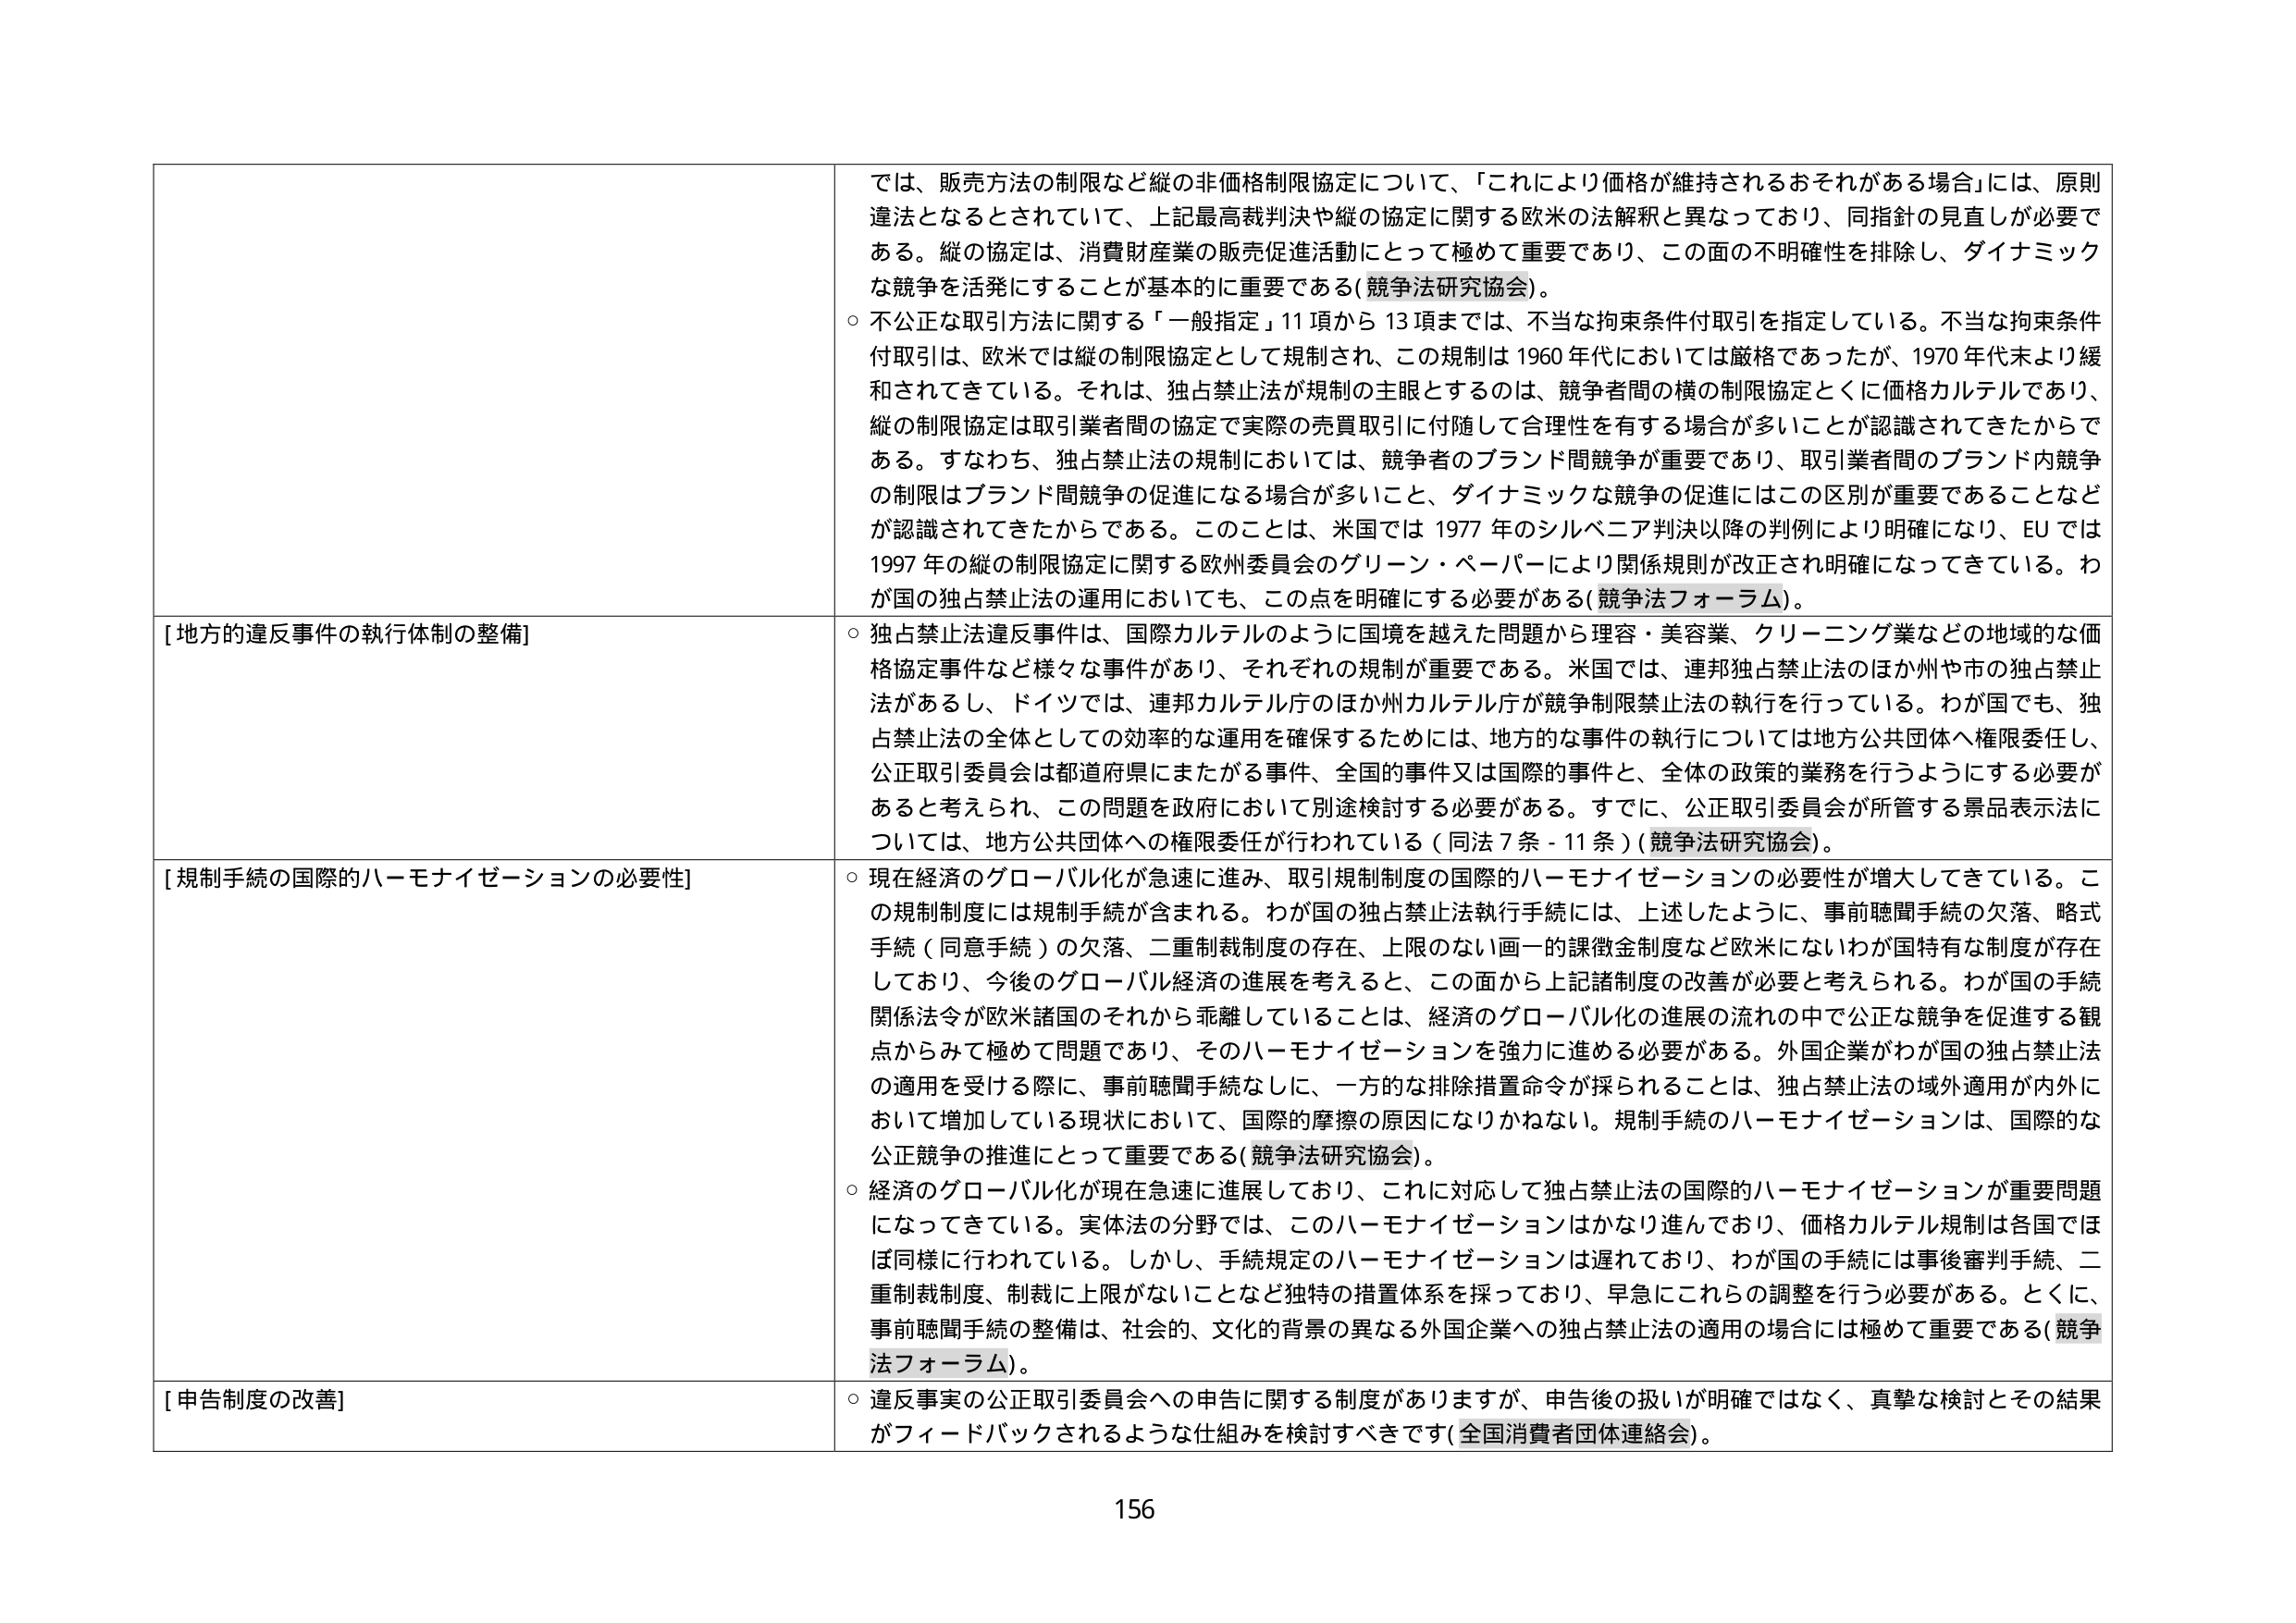
では、販売方法の制限など縦の非価格制限協定について、「これにより価格が維持されるおそれがある場合」には、原則違法となるとされていて、上記最高裁判決や縦の協定に関する欧米の法解釈と異なっており、同指針の見直しが必要である。縦の協定は、消費財産業の販売促進活動にとって極めて重要であり、この面の不明確性を排除し、ダイナミックな競争を活発にすることが基本的に重要である（競争法研究協会）。

○ 不公正な取引方法に関する「一般指定」11項から13項までは、不当な拘束条件付取引を指定している。不当な拘束条件付取引は、欧米では縦の制限協定として規制され、この規制は1960年代においては厳格であったが、1970年代末より緩和されてきている。それは、独占禁止法が規制の主眼とするのは、競争者間の横の制限協定とくに価格カルテルであり、縦の制限協定は取引業者間の協定で実際の売買取引に付随して合理性を有する場合が多いことが認識されてきたからである。すなわち、独占禁止法の規制においては、競争者のブランド間競争が重要であり、取引業者間のブランド内競争の制限はブランド間競争の促進になる場合が多いこと、ダイナミックな競争の促進にはこの区別が重要であることなどが認識されてきたからである。このことは、米国では1977年のシルベニア判決以降の判例により明確になり、EUでは1997年の縦の制限協定に関する欧州委員会のグリーン・ペーパーにより関係規則が改正され明確になってきている。わが国の独占禁止法の運用においても、この点を明確にする必要がある（競争法フォーラム）。

[地方的違反事件の執行体制の整備]

○ 独占禁止法違反事件は、国際カルテルのように国境を越えた問題から理容・美容業、クリーニング業などの地域的な価格協定事件など様々な事件があり、それぞれの規制が重要である。米国では、連邦独占禁止法のほか州や市の独占禁止法があるし、ドイツでは、連邦カルテル庁のほか州カルテル庁が競争制限禁止法の執行を行っている。わが国でも、独占禁止法の全体としての効率的な運用を確保するためには、地方的な事件の執行については地方公共団体へ権限委任し、公正取引委員会は都道府県にまたがる事件、全国的事件又は国際的事件と、全体の政策的業務を行うようにする必要があると考えられ、この問題を政府において別途検討する必要がある。すでに、公正取引委員会が所管する景品表示法については、地方公共団体への権限委任が行われている（同法7条-11条）（競争法研究協会）。

[規制手続の国際的ハーモナイゼーションの必要性]

○ 現在経済のグローバル化が急速に進み、取引規制制度の国際的ハーモナイゼーションの必要性が増大してきている。この規制制度には規制手続が含まれる。わが国の独占禁止法執行手続には、上述したように、事前聴聞手続の欠落、略式手続（同意手続）の欠落、二重制裁制度の存在、上限のない画一的課徴金制度など欧米にないわが国特有な制度が存在しており、今後のグローバル経済の進展を考えると、この面から上記諸制度の改善が必要と考えられる。わが国の手続関係法令が欧米諸国のそれから乖離していることは、経済のグローバル化の進展の流れの中で公正な競争を促進する観点からみて極めて問題であり、そのハーモナイゼーションを強力に進める必要がある。外国企業がわが国の独占禁止法の適用を受ける際に、事前聴聞手続なしに、一方的な排除措置命令が採られることは、独占禁止法の域外適用が内外において増加している現状において、国際的摩擦の原因になりかねない。規制手続のハーモナイゼーションは、国際的な公正競争の推進にとって重要である（競争法研究協会）。

○ 経済のグローバル化が現在急速に進展しており、これに対応して独占禁止法の国際的ハーモナイゼーションが重要問題になってきている。実体法の分野では、このハーモナイゼーションはかなり進んでおり、価格カルテル規制は各国ではほぼ同様に行われている。しかし、手続規定のハーモナイゼーションは遅れており、わが国の手続には事後審判手続、二重制裁制度、制裁に上限がないことなど独特の措置体系を採っており、早急にこれらの調整を行う必要がある。とくに、事前聴聞手続の整備は、社会的、文化的背景の異なる外国企業への独占禁止法の適用の場合には極めて重要である（競争法フォーラム）。

[申告制度の改善]

○ 違反事実の公正取引委員会への申告に関する制度がありますが、申告後の扱いが明確ではなく、真摯な検討とその結果がフィードバックされるような仕組みを検討すべきです（全国消費者団体連絡会）。

156